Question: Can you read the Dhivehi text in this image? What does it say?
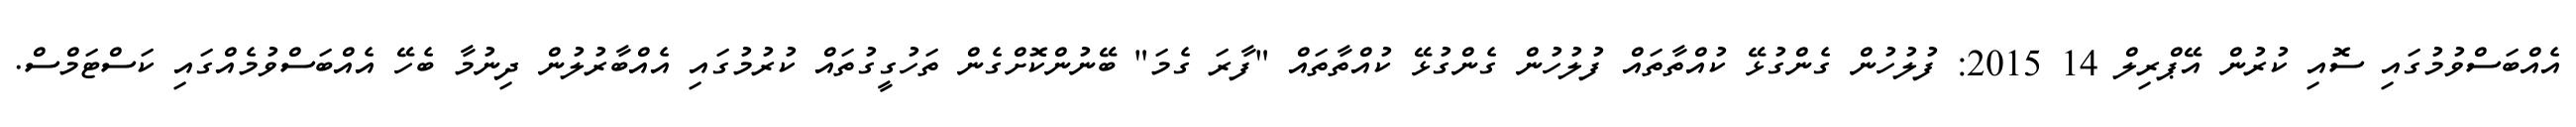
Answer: އެއްބަސްވުމުގައި ސޮއި ކުރުން އޭޕްރިލް 14 2015: ފުލުހުން ގެންގުޅޭ ކުއްތާތައް ފުލުހުން ގެންގުޅޭ ކުއްތާތައް "ފާރަ ގެމަ" ބޭނުންކޮށްގެން ތަހުގީގުތައް ކުރުމުގައި އެއްބާރުލުން ދިނުމާ ބެހޭ އެއްބަސްވުމެއްގައި ކަސްޓަމްސް.